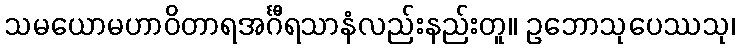
သမယောမဟာဝိတာရအင်္ဂီရသာနံလည်းနည်းတူ။ ဥဘောသုပေဿသု၊